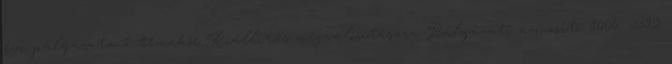
évi pályázata 1. témakör Kiállítás megvalósítására Pályázati azonosító: 1606 5592